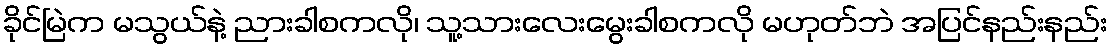
ခိုင်မြဲက မသွယ်နဲ့ ညားခါစကလို၊ သူ့သားလေးမွေးခါစကလို မဟုတ်ဘဲ အပြင်နည်းနည်း